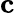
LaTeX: \mathbf{c}